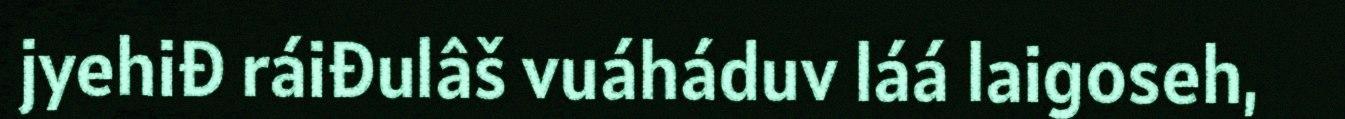
jyehiđ ráiđulâš vuáháduv láá laigoseh,